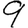
Digit: 9